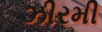
ઝીરમી